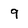
Character: 9